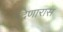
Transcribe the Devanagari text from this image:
देणारास